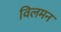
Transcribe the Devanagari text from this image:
विलमन